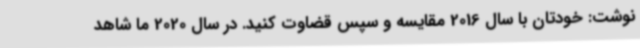
نوشت: خودتان با سال 2016 مقایسه و سپس قضاوت کنید. در سال 2020 ما شاهد